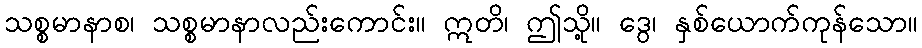
သစ္စမာနာစ၊ သစ္စမာနာလည်းကောင်း။ ဣတိ၊ ဤသို့။ ဒွေ၊ နှစ်ယောက်ကုန်သော။